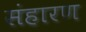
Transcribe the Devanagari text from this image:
संहारण